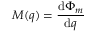
M ( q ) = { \frac { \mathrm { d } \Phi _ { m } } { \mathrm { d } q } }